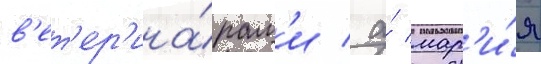
в'ет'ер'ина́рам'и / а́ мар'и́я